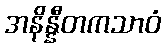
အနိန္နီတကသာဝံ